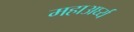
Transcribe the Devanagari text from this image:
महाअर्घ्य